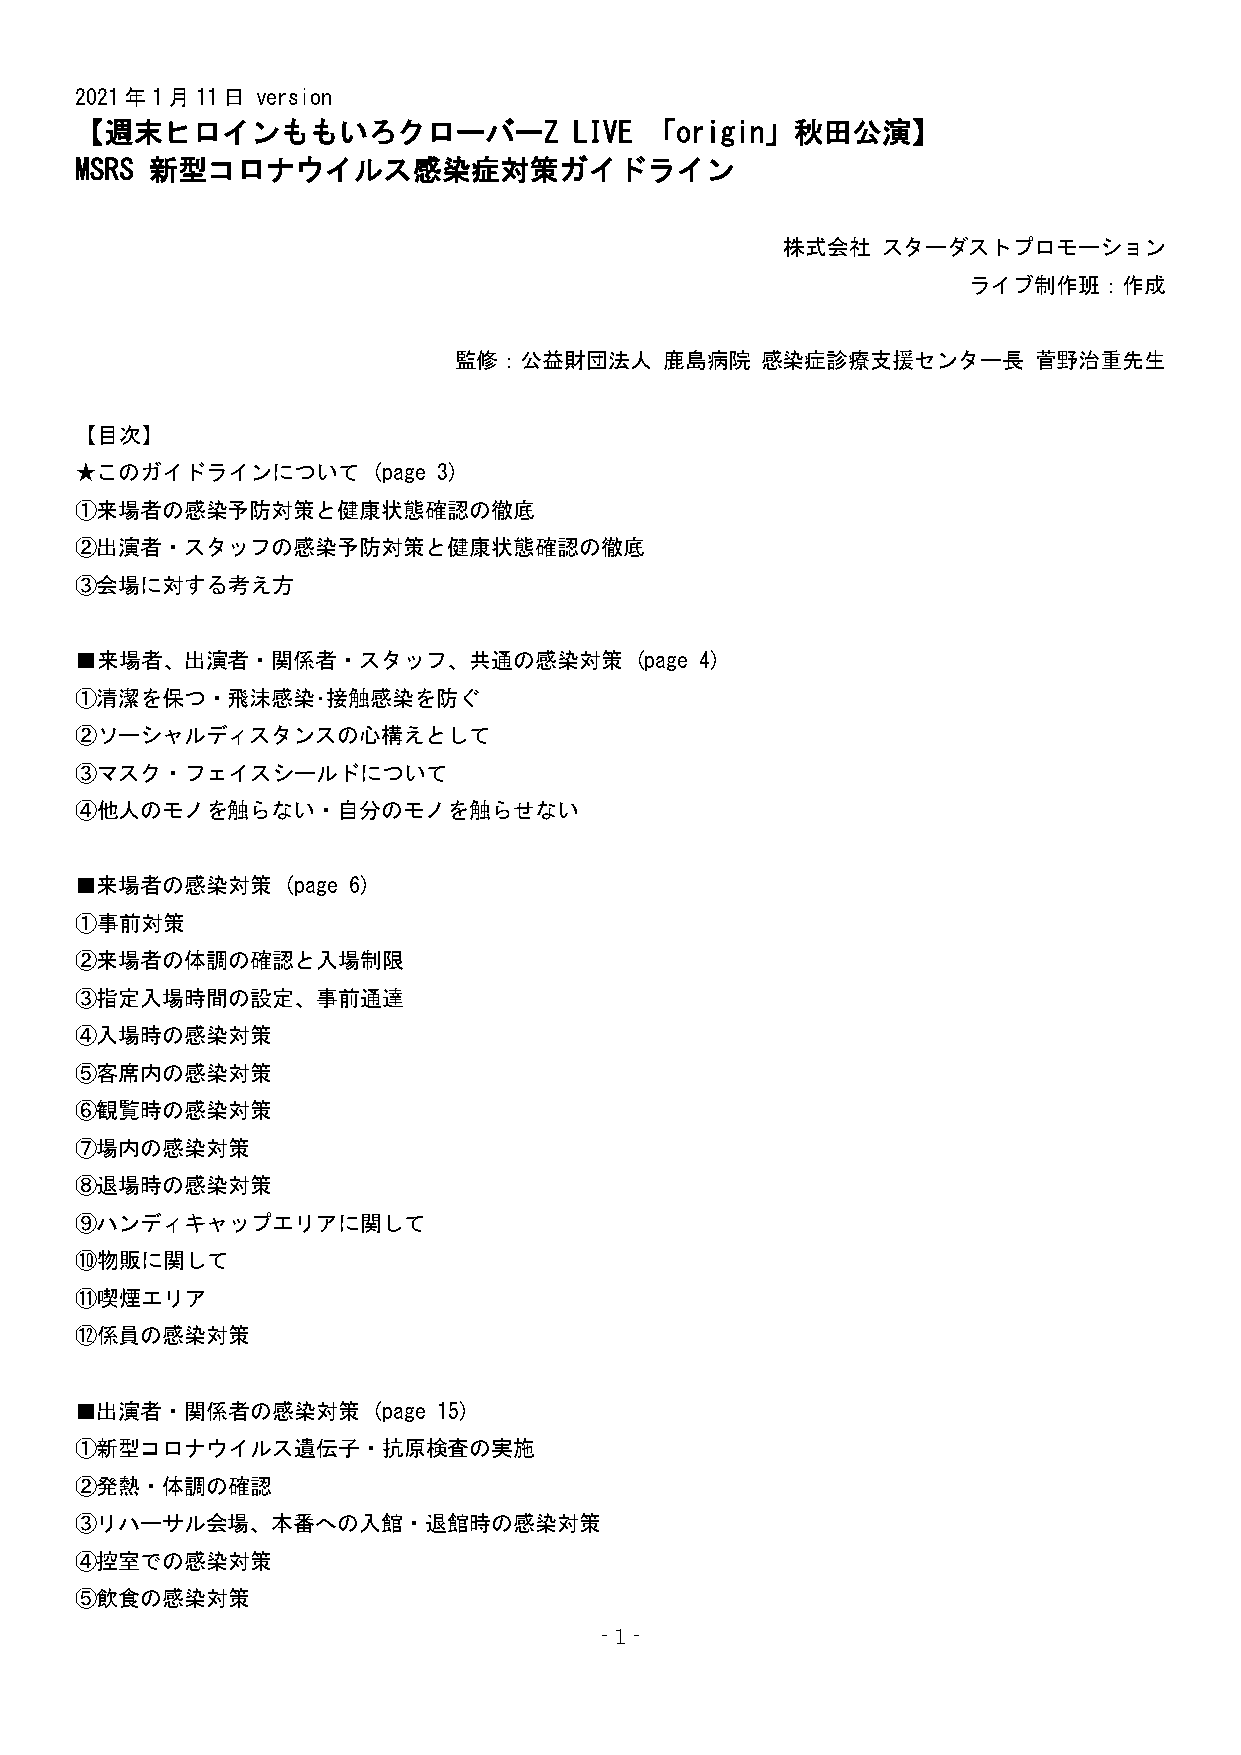
2021年1月11日  version
 【週末ヒロインももいろクローバーZ                LIVE 「origin」秋田公演】
 MSRS 新型コロナウイルス感染症対策ガイドライン
 株式会社  スターダストプロモーション
 ライブ制作班：作成
 監修：公益財団法人     鹿島病院  感染症診療支援センター長      菅野治重先生
 【目次】
 ★このガイドラインについて       (page 3)
 ①来場者の感染予防対策と健康状態確認の徹底
 ②出演者・スタッフの感染予防対策と健康状態確認の徹底
 ③会場に対する考え方
 ■来場者、出演者・関係者・スタッフ、共通の感染対策            (page 4)
 ①清潔を保つ・飛沫感染･接触感染を防ぐ
 ②ソーシャルディスタンスの心構えとして
 ③マスク・フェイスシールドについて
 ④他人のモノを触らない・自分のモノを触らせない
 ■来場者の感染対策     (page 6)
 ①事前対策
 ②来場者の体調の確認と入場制限
 ③指定入場時間の設定、事前通達
 ④入場時の感染対策
 ⑤客席内の感染対策
 ⑥観覧時の感染対策
 ⑦場内の感染対策
 ⑧退場時の感染対策
 ⑨ハンディキャップエリアに関して
 ⑩物販に関して
 ⑪喫煙エリア
 ⑫係員の感染対策
 ■出演者・関係者の感染対策       (page 15)
 ①新型コロナウイルス遺伝子・抗原検査の実施
 ②発熱・体調の確認
 ③リハーサル会場、本番への入館・退館時の感染対策
 ④控室での感染対策
 ⑤飲食の感染対策
 - 1 -